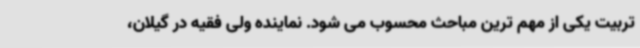
تربیت یکی از مهم ترین مباحث محسوب می شود. نماینده ولی فقیه در گیلان،